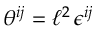
\theta ^ { i j } = \ell ^ { 2 } \, \epsilon ^ { i j }